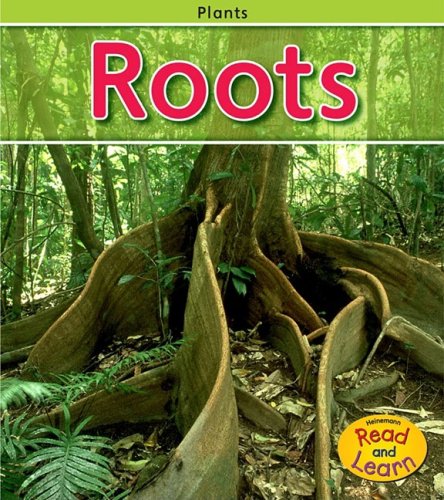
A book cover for Roots (Plants); Patricia Whitehouse; Children's Books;